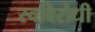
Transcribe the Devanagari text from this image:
स्वविरोधी